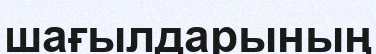
шағылдарының